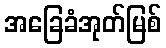
အခြေခံအုတ်မြစ်